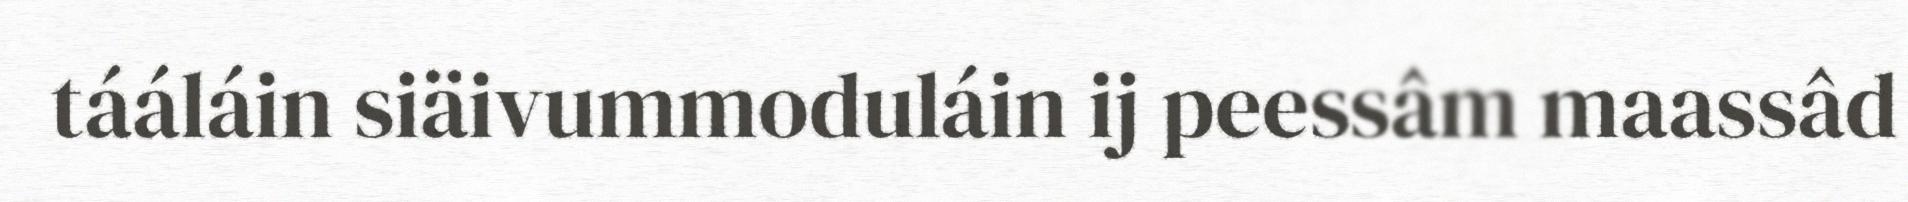
tááláin siäivummoduláin ij peessâm maassâd